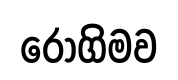
රෝගිමව